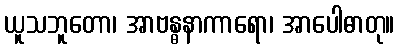
ယူသဘူတော၊ အာဗန္ဓနာကာရော၊ အာပေါဓာတု။